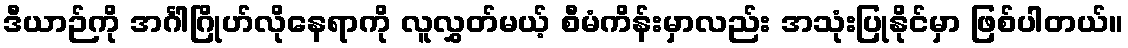
ဒီယာဉ်ကို အင်္ဂါဂြိုဟ်လိုနေရာကို လူလွှတ်မယ့် စီမံကိန်းမှာလည်း အသုံးပြုနိုင်မှာ ဖြစ်ပါတယ်။